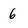
Character: 6